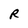
Character: R